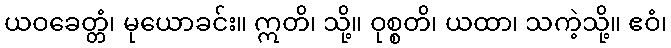
ယဝခေတ္တံ၊ မုယောခင်း။ ဣတိ၊ သို့။ ဝုစ္စတိ၊ ယထာ၊ သကဲ့သို့။ ဧဝံ၊